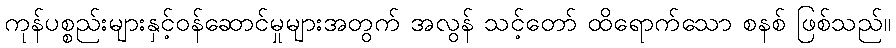
ကုန်ပစ္စည်းများနှင့်ဝန်ဆောင်မှုများအတွက် အလွန် သင့်တော် ထိရောက်သော စနစ် ဖြစ်သည်။